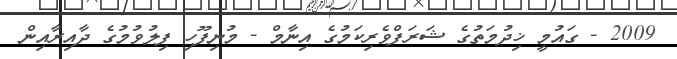
2009 - ގައުމީ ޚިދުމަތުގެ ޝަރަފްވެރިކަމުގެ އިނާމް - މުނިފޫހި ފިލުވުމުގެ ދާއިރާއިން